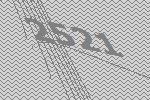
2521